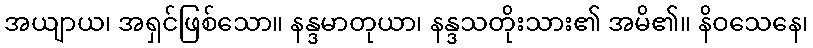
အယျာယ၊ အရှင်ဖြစ်သော။ နန္ဒမာတုယာ၊ နန္ဒသတိုးသား၏ အမိ၏။ နိဝသေနေ၊